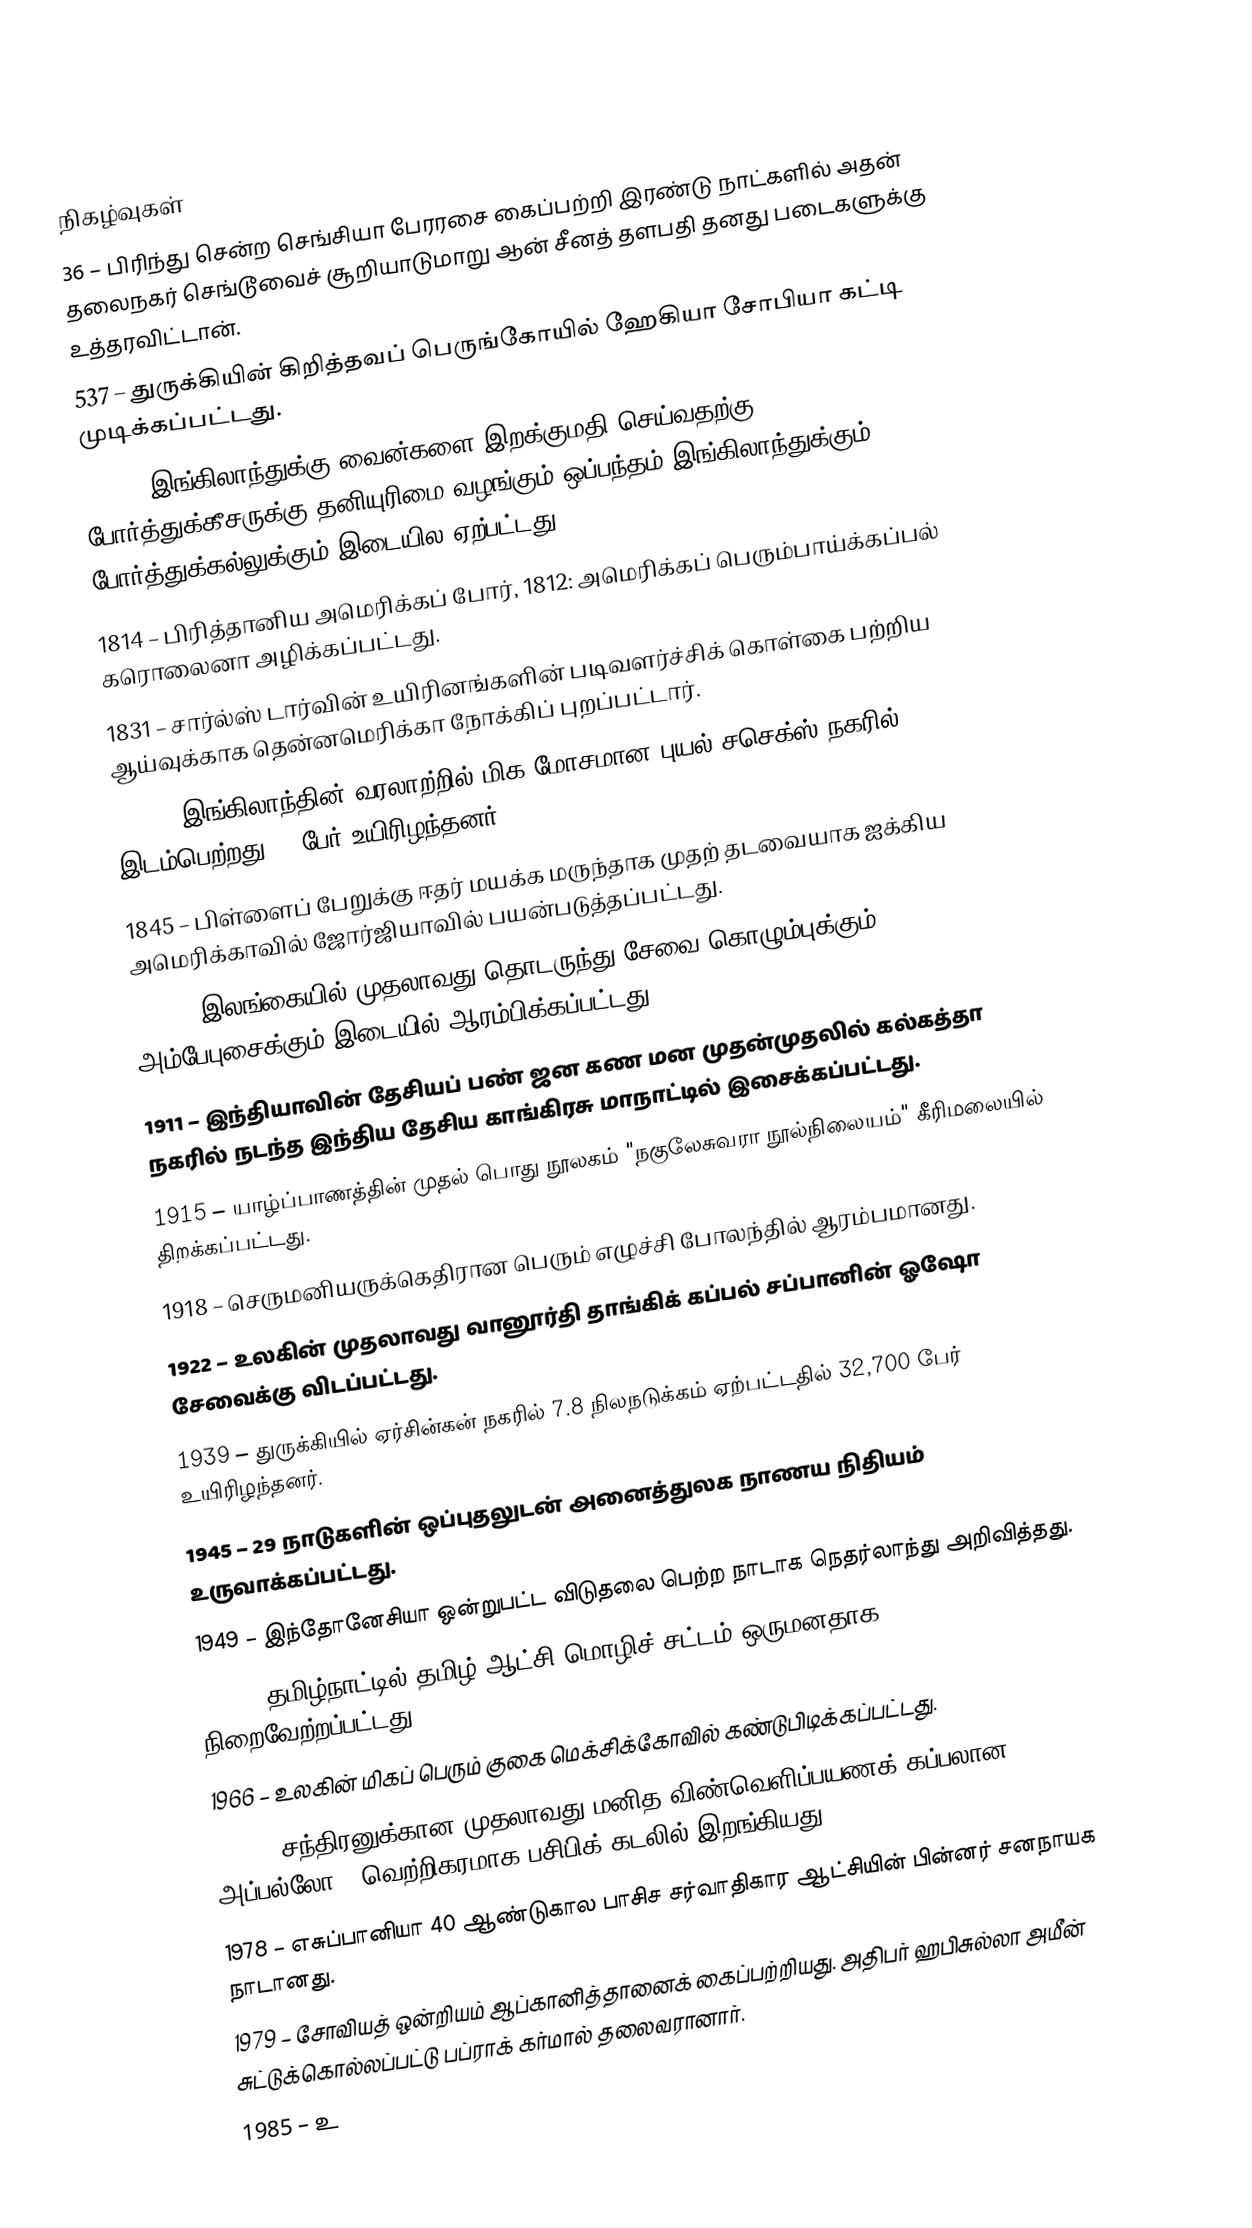

நிகழ்வுகள்
 36 – பிரிந்து சென்ற செங்சியா பேரரசை கைப்பற்றி இரண்டு நாட்களில் அதன் தலைநகர் செங்டூவைச் சூறியாடுமாறு ஆன் சீனத் தளபதி தனது படைகளுக்கு உத்தரவிட்டான்.
 537 – துருக்கியின் கிறித்தவப் பெருங்கோயில் ஹேகியா சோபியா கட்டி முடிக்கப்பட்டது.
1703 – இங்கிலாந்துக்கு வைன்களை இறக்குமதி செய்வதற்கு போர்த்துக்கீசருக்கு தனியுரிமை வழங்கும் ஒப்பந்தம் இங்கிலாந்துக்கும் போர்த்துக்கல்லுக்கும் இடையில ஏற்பட்டது.
1814 – பிரித்தானிய அமெரிக்கப் போர், 1812: அமெரிக்கப் பெரும்பாய்க்கப்பல் கரொலைனா அழிக்கப்பட்டது.
1831 – சார்ல்ஸ் டார்வின் உயிரினங்களின் படிவளர்ச்சிக் கொள்கை பற்றிய ஆய்வுக்காக தென்னமெரிக்கா நோக்கிப் புறப்பட்டார்.
1836 – இங்கிலாந்தின் வரலாற்றில் மிக மோசமான புயல் சசெக்ஸ் நகரில் இடம்பெற்றது. 8 பேர் உயிரிழந்தனர்.
1845 – பிள்ளைப் பேறுக்கு ஈதர் மயக்க மருந்தாக முதற் தடவையாக ஐக்கிய அமெரிக்காவில் ஜோர்ஜியாவில் பயன்படுத்தப்பட்டது.
1864 – இலங்கையில் முதலாவது தொடருந்து சேவை கொழும்புக்கும், அம்பேபுசைக்கும் இடையில் ஆரம்பிக்கப்பட்டது.
1911 – இந்தியாவின் தேசியப் பண் ஜன கண மன முதன்முதலில் கல்கத்தா நகரில் நடந்த இந்திய தேசிய காங்கிரசு மாநாட்டில் இசைக்கப்பட்டது.
1915 – யாழ்ப்பாணத்தின் முதல் பொது நூலகம் "நகுலேசுவரா நூல்நிலையம்" கீரிமலையில் திறக்கப்பட்டது.
1918 – செருமனியருக்கெதிரான பெரும் எழுச்சி போலந்தில் ஆரம்பமானது.
1922 – உலகின் முதலாவது வானூர்தி தாங்கிக் கப்பல் சப்பானின் ஓஷோ சேவைக்கு விடப்பட்டது.
1939 – துருக்கியில் ஏர்சின்கன் நகரில் 7.8  நிலநடுக்கம் ஏற்பட்டதில் 32,700 பேர் உயிரிழந்தனர்.
1945 – 29 நாடுகளின் ஒப்புதலுடன் அனைத்துலக நாணய நிதியம் உருவாக்கப்பட்டது.
1949 – இந்தோனேசியா ஒன்றுபட்ட விடுதலை பெற்ற நாடாக நெதர்லாந்து அறிவித்தது.
1956 – தமிழ்நாட்டில் தமிழ் ஆட்சி மொழிச் சட்டம் ஒருமனதாக நிறைவேற்றப்பட்டது.
1966 – உலகின் மிகப் பெரும் குகை மெக்சிக்கோவில் கண்டுபிடிக்கப்பட்டது.
1968 – சந்திரனுக்கான முதலாவது மனித விண்வெளிப்பயணக் கப்பலான அப்பல்லோ 8 வெற்றிகரமாக பசிபிக் கடலில் இறங்கியது.
1978 – எசுப்பானியா 40 ஆண்டுகால பாசிச சர்வாதிகார ஆட்சியின் பின்னர் சனநாயக நாடானது.
1979 – சோவியத் ஒன்றியம் ஆப்கானித்தானைக் கைப்பற்றியது. அதிபர் ஹபிசுல்லா அமீன் சுட்டுக்கொல்லப்பட்டு பப்ராக் கர்மால் தலைவரானார்.
1985 – உ